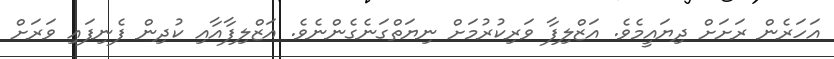
އަހަރެން ރަށަށް ދިޔައީމެވެ. އަޒްލިފާ ވަރިކުރުމަށް ނިޔަތްގަނެގެންނެވެ. އަޒްލިފާއާއި ކުދިން ފެނިފައި ވަރަށް